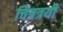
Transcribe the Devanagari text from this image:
चित्रत्रयी